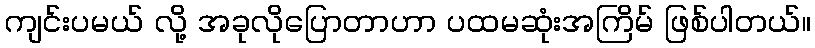
ကျင်းပမယ် လို့ အခုလိုပြောတာဟာ ပထမဆုံးအကြိမ် ဖြစ်ပါတယ်။